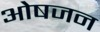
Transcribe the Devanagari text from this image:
ओषजन